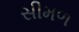
સીમળ